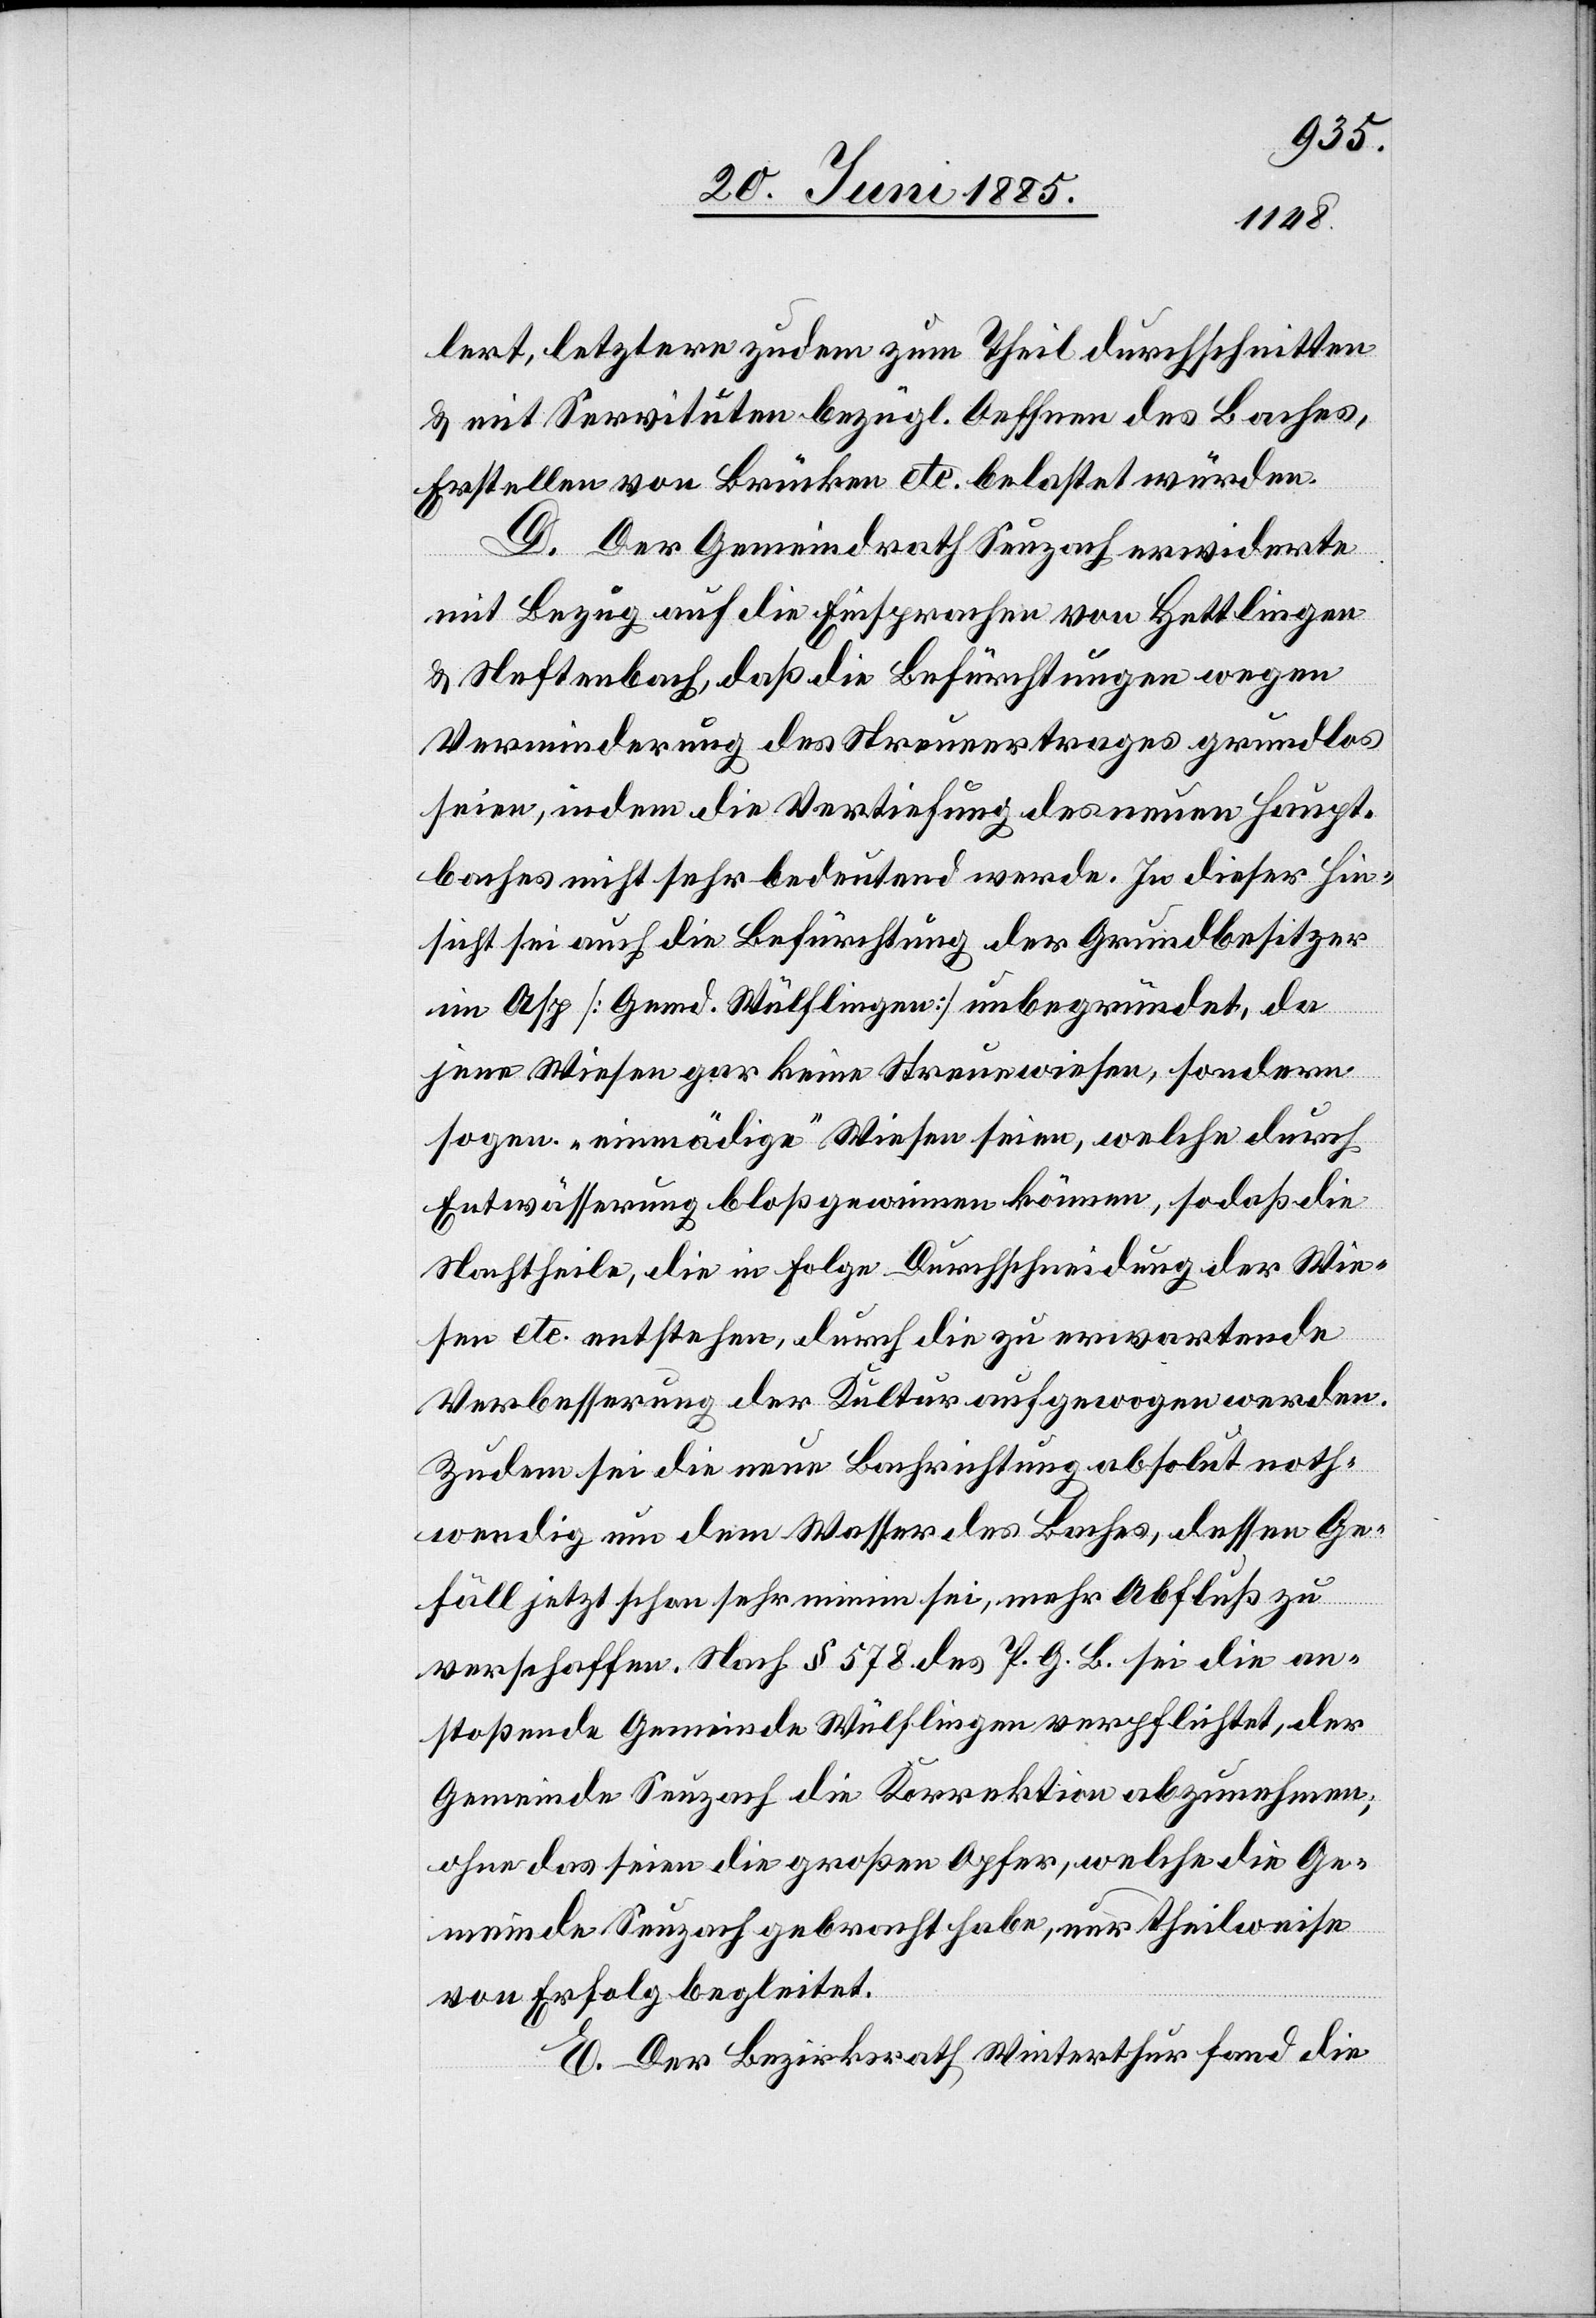
lert, letztere zudem zum Theil durchschnitten
& mit Servituten bezügl. Oeffnen des Baches,
Erstellen von Brücken etc. belastet würden.
D. Der Gemeindrath Seuzach erwiderte
mit Bezug auf die Einsprachen von Hettlingen
& Neftenbach, daß die Befürchtungen wegen
Verminderung des Steuerertrages grundlos
seien, indem die Vertiefung des neuen Haupt¬
baches nicht sehr bedeutend werde. In dieser Hin¬
sicht sei auch die Befürchtung der Grundbesitzer
im Asp [Gemd. Wülflingen] unbegründet, da
jene Wiesen gar keine Streuewiesen, sondern
sogen. „einmädige“ Wiesen seien, welche durch
Entwässerung bloß gewinnen können, sodaß die
Nachtheile, die in Folge Durchschneidung der Wie¬
sen etc. entstehen, durch die zu erwartende
Verbesserung der Kultur aufgewogen werden.
Zudem sei die neue Bachrichtung absolut noth¬
wendig um dem Wasser des Baches, dessen Ge¬
fäll jetzt schon sehr minim sei, mehr Abfluß zu
verschaffen. Nach § 578 des P. G. B. sei die an¬
stoßende Gemeinde Wülflingen verpflichtet, der
Gemeinde Seuzach die Korrektion abzunehmen;
ohne das seien die großen Opfer, welche die Ge¬
meinde Seuzach gebracht habe, nur theilweise
von Erfolg begleitet.
E. Der Bezirksrath Winterthur fand die